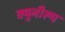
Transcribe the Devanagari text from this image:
क्युनीरूप